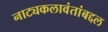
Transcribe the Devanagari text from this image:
नाट्यकलावंतांबद्दल